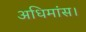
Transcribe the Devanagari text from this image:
अधिमांस।